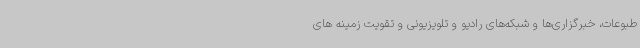
طبوعات، خبرگزاری‌ها و شبکه‌های رادیو و تلویزیونی و تقویت زمینه های